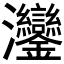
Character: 𬉲